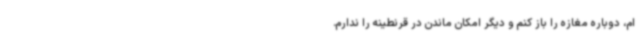
ام، دوباره مغازه را باز کنم و دیگر امکان ماندن در قرنطینه را ندارم.